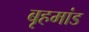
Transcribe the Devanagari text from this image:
बृहमांड